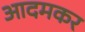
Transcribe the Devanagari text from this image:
आदमकर